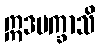
ဣဒမက္ခာသိ